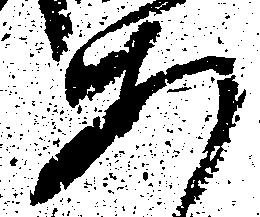
あ